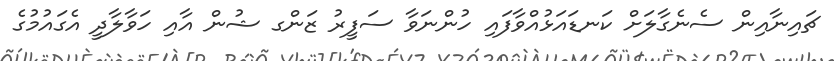
ޗައިނާއިން ސެނެގާލަށް ކަނޑައަޅުއްވާފައި ހުންނަވާ ސަފީރު ޒަންގ ޝުން އާއި ހަވާލާދީ އެގައުމުގެ